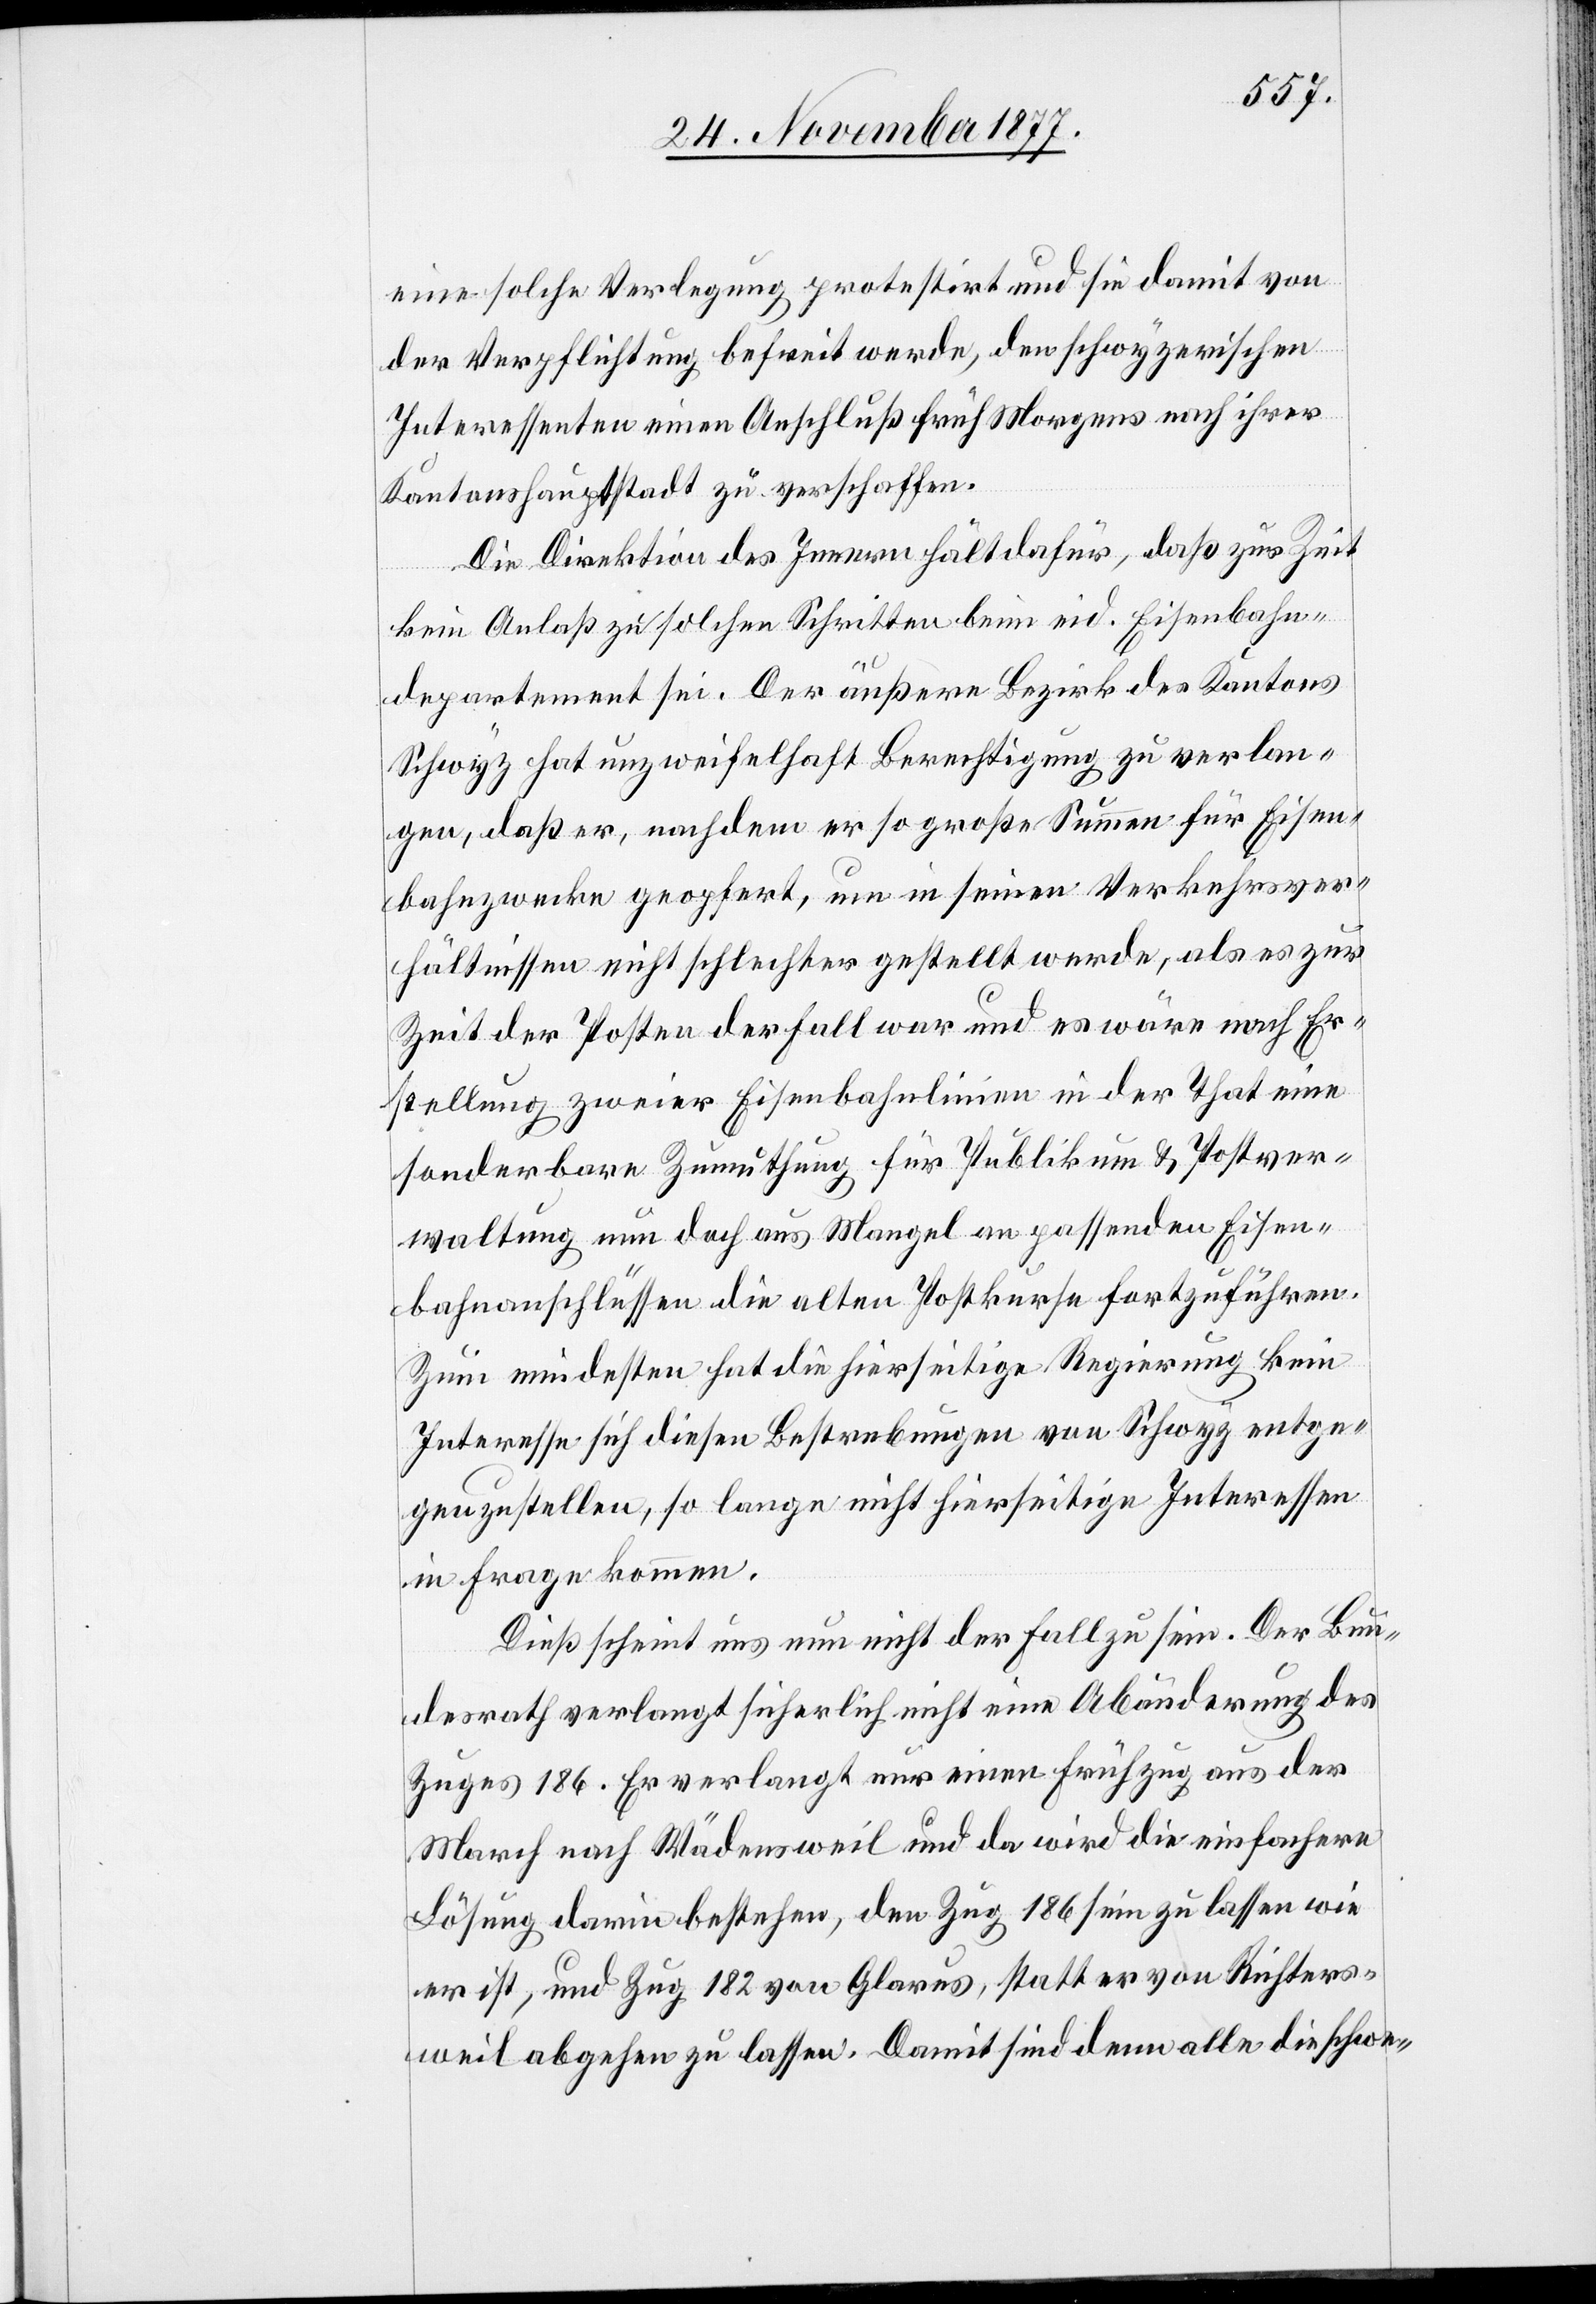
eine solche Verlegung protestirt und sie damit von
der Verpflichtung befreit werde, den schwyzerischen
Interessenten einen Anschluß früh Morgens nach ihrer
Kantonshauptstadt zu verschaffen.
Die Direktion des Innern hält dafür, daß zur Zeit
kein Anlaß zu solchen Schritten beim eid. Eisenbahn¬
departement sei. Der äußere Bezirk des Kantons
Schwyz hat unzweifelhaft Berechtigung zu verlan¬
gen, daß er, nachdem er so große Summen für Eisen¬
bahnzwecke geopfert, um [recte: nun] in seinen Verkehrsver¬
hältnissen nicht schlechter gestellt werde, als es zur
Zeit der Posten der Fall war und es wäre nach Er¬
stellung zweier Eisenbahnlinien in der That eine
sonderbare Zumuthung für Publikum & Postver¬
waltung nun doch aus Mangel an passenden Eisen¬
bahnanschlüssen die alten Postkurse fortzuführen.
Zum mindesten hat die hierseitige Regierung kein
Interesse sich diesen Bestrebungen von Schwyz entge¬
genzustellen, so lange nicht hierseitige Interessen
in Frage kommen.
Dieß scheint uns nun nicht der Fall zu sein. Der Bun¬
desrath verlangt sicherlich nicht eine Abänderung des
Zuges 186. Er verlangt nur einen Frühzug aus der
March nach Wädensweil und da wird die einfachere
Lösung darin bestehen, den Zug 186 sein zu lassen wie
er ist, und Zug 182 von Glarus, statt er [sic!] von Richters¬
weil abgehen zu lassen. Damit sind denn alle die schwe-